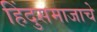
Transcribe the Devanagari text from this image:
हिंदुसमाजाचे